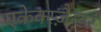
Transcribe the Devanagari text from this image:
एकेक्स्ज़ैन्डर